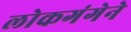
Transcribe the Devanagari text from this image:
लोकगंगेने